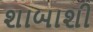
શાબાશી